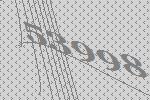
53998